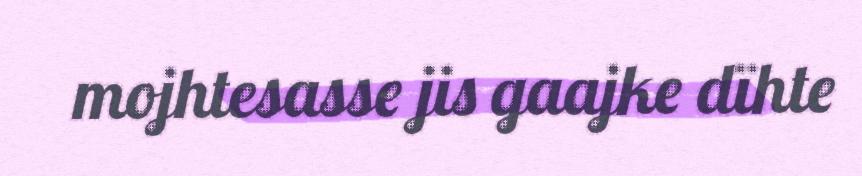
mojhtesasse jis gaajke dïhte